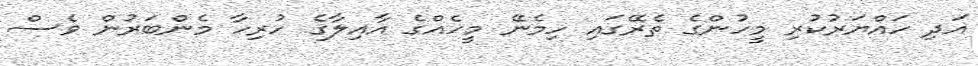
އަދި ހައްޔަރުކުރި މީހުންގެ ތެރޭގައި ހިމެނޭ މީހެއްގެ އާއިލާގެ ހުރިހާ މެންބަރުން ވެސް